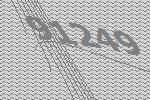
91249